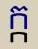
ក្ក